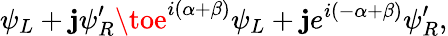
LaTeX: \psi_{L}+\mathbf{j}\psi_{R}^{\prime}\toe^{i(\alpha+\beta)}\psi_{L}+\mathbf{j}e^{i(-\alpha+\beta)}\psi_{R}^{\prime},